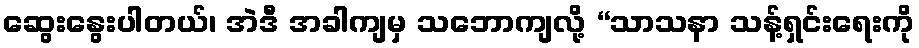
ဆွေးနွေးပါတယ်၊ အဲဒီ အခါကျမှ သဘောကျလို့ “သာသနာ သန့်ရှင်းရေးကို